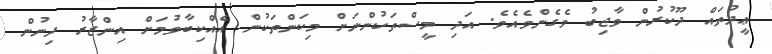
ޢީދުތައް ދޫކުރުން ވާޖިބު ވެގެންވެއެވެ. އަދި މީސްތަކުންނަށް މިކަންތަކުން އެއްކިބާވުމަށް އިންޒާރު ދިނުން